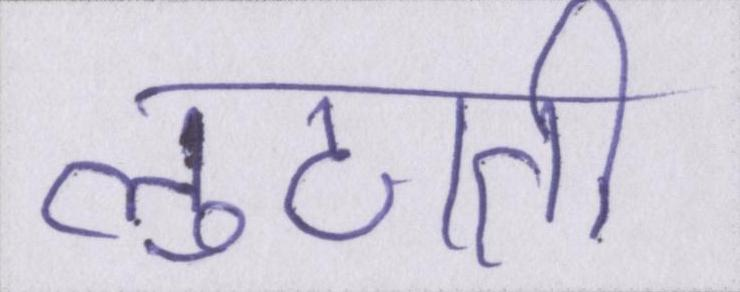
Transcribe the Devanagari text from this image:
लुटाती